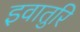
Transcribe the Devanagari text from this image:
इवातुरि